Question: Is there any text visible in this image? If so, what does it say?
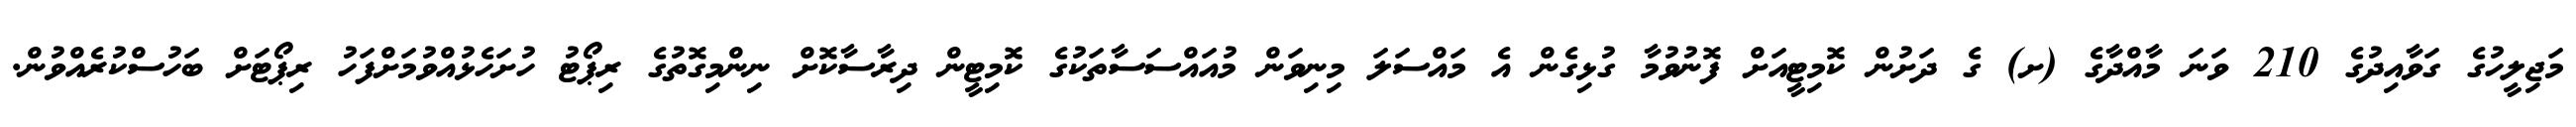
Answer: މަޖިލީހުގެ ގަވާއިދުގެ 210 ވަނަ މާއްދާގެ (ށ) ގެ ދަށުން ކޮމިޓީއަށް ފޮނުވުމާ ގުޅިގެން އެ މައްސަލަ މިނިވަން މުއައްސަސާތަކުގެ ކޮމިޓީން ދިރާސާކޮށް ނިންމިގޮތުގެ ރިޕޯޓު ހުށަހެޅުއްވުމަށްފަހު ރިޕޯޓަށް ބަހުސްކުރެއްވުން.